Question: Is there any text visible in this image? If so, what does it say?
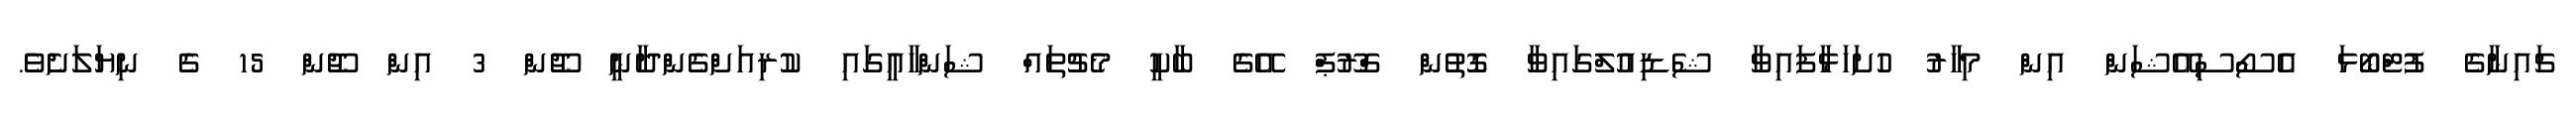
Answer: ޗައިނާގެ ފުޓްބޯޅަ އެސޯސިއޭޝަން އިން މިހާރު ހުށަހަޅާފައިވާ ޝެޑިއުލްގައިވާ ގޮތުން ގްރޫޕް އޭގެ ބާކީ މެޗުތައް ޝަންހާއީގައި ކުރިއަށްގެންދާނީ ޖޫން 3 އިން ޖޫން 15 ގެ ނިޔަލަށެވެ.